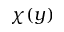
\chi ( y )